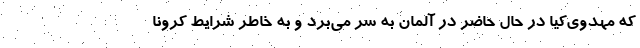
که مهدوی‌کیا در حال حاضر در آلمان به سر می‌برد و به خاطر شرایط کرونا